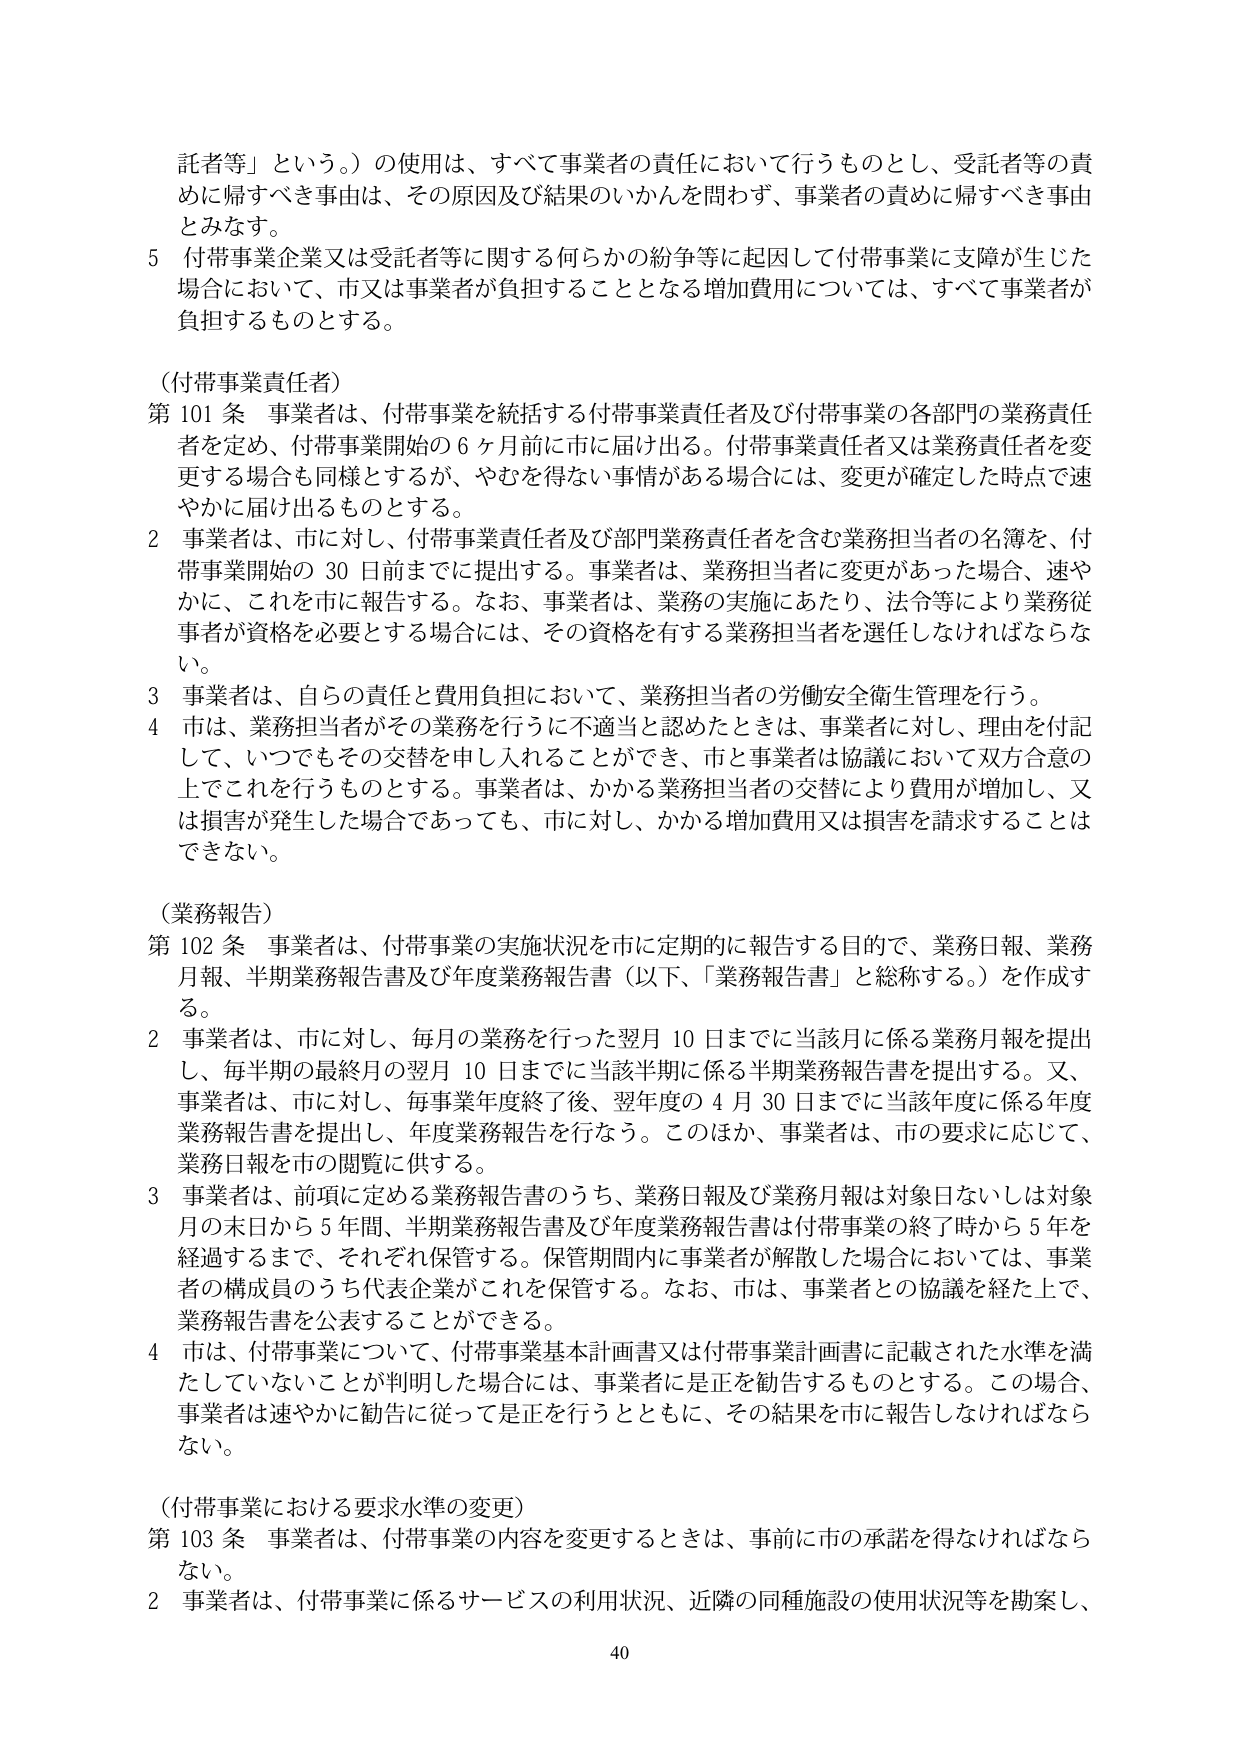
託者等」という。）の使用は、すべて事業者の責任において行うものとし、受託者等の責
めに帰すべき事由は、その原因及び結果のいかんを問わず、事業者の責めに帰すべき事由
とみなす。
5 付帯事業企業又は受託者等に関する何らかの紛争等に起因して付帯事業に支障が生じた
場合において、市又は事業者が負担することとなる増加費用については、すべて事業者が
負担するものとする。

（付帯事業責任者）
第101条 事業者は、付帯事業を統括する付帯事業責任者及び付帯事業の各部門の業務責任
者を定め、付帯事業開始の6ヶ月前に市に届け出る。付帯事業責任者又は業務責任者を変
更する場合も同様とするが、やむを得ない事情がある場合には、変更が確定した時点で速
やかに届け出るものとする。
2 事業者は、市に対し、付帯事業責任者及び部門業務責任者を含む業務担当者の名簿を、付
帯事業開始の30日前までに提出する。事業者は、業務担当者に変更があった場合、速や
かに、これを市に報告する。なお、事業者は、業務の実施にあたり、法令等により業務従
事者が資格を必要とする場合には、その資格を有する業務担当者を選任しなければならな
い。
3 事業者は、自らの責任と費用負担において、業務担当者の労働安全衛生管理を行う。
4 市は、業務担当者がその業務を行うに不適当と認めたときは、事業者に対し、理由を付記
して、いつでもその交替を申し入れることができ、市と事業者は協議において双方合意の
上でこれを行うものとする。事業者は、かかる業務担当者の交替により費用が増加し、又
は損害が発生した場合であっても、市に対し、かかる増加費用又は損害を請求することは
できない。

（業務報告）
第102条 事業者は、付帯事業の実施状況を市に定期的に報告する目的で、業務日報、業務
月報、半期業務報告書及び年度業務報告書（以下、「業務報告書」と総称する。）を作成す
る。
2 事業者は、市に対し、毎月の業務を行った翌月10日までに当該月に係る業務月報を提出
し、毎半期の最終月の翌月10日までに当該半期に係る半期業務報告書を提出する。又、
事業者は、市に対し、毎事業年度終了後、翌年度の4月30日までに当該年度に係る年度
業務報告書を提出し、年度業務報告を行なう。このほか、事業者は、市の要求に応じて、
業務日報を市の閲覧に供する。
3 事業者は、前項に定める業務報告書のうち、業務日報及び業務月報は対象日ないしは対象
月の末日から5年間、半期業務報告書及び年度業務報告書は付帯事業の終了時から5年を
経過するまで、それぞれ保管する。保管期間内に事業者が解散した場合においては、事業
者の構成員のうち代表企業がこれを保管する。なお、市は、事業者との協議を経た上で、
業務報告書を公表することができる。
4 市は、付帯事業について、付帯事業基本計画書又は付帯事業計画書に記載された水準を満
たしていないことが判明した場合には、事業者に是正を勧告するものとする。この場合、
事業者は速やかに勧告に従って是正を行うとともに、その結果を市に報告しなければなら
ない。

（付帯事業における要求水準の変更）
第103条 事業者は、付帯事業の内容を変更するときは、事前に市の承諾を得なければなら
ない。
2 事業者は、付帯事業に係るサービスの利用状況、近隣の同種施設の使用状況等を勘案し、
40